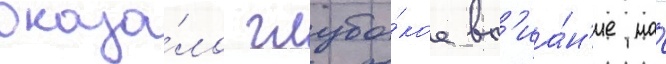
оказа́ло глубо́кое вл'иа́н'ие на́